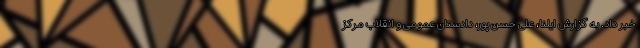
خبر داد. به گزارش ایلنا، علی حسن پور، دادستان عمومی و انقلاب مرکز